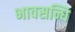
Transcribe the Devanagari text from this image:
भावसन्धि